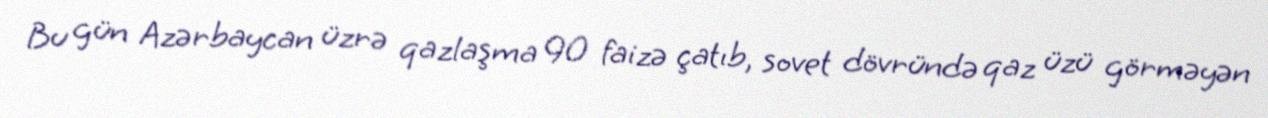
Bu gün Azərbaycan üzrə qazlaşma 90 faizə çatıb, sovet dövründə qaz üzü görməyən